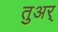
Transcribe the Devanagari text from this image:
तुअर्